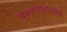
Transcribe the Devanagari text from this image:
धवलतीर्थाजवळ